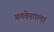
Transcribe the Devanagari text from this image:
गणवेशाला